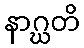
နာဂ္ဃတိ